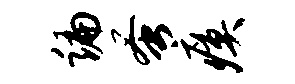
编蚤瘼